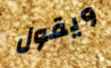
ويقول